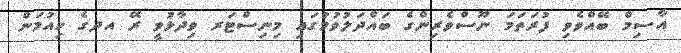
އާސިމް ބޭއްވެވި ފުރަތަމަ ނޫސްވެރިންގެ ބައްދަލުވުމުގައި މިނިސްޓަރ ވިދާޅުވީ ރޭ އދގެ ހިއުމަން